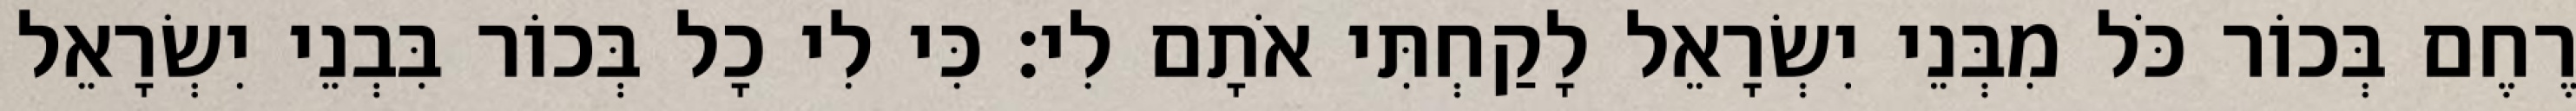
רֶחֶם בְּכוֹר כֹּל מִבְּנֵי יִשְׂרָאֵל לָקַחְתִּי אֹתָם לִי׃ כִּי לִי כָל בְּכוֹר בִּבְנֵי יִשְׂרָאֵל